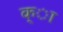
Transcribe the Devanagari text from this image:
क्ा